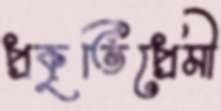
প্রকৃতিপ্রেমী